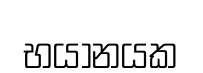
භයානයක